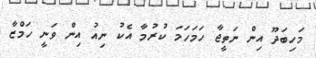
މަހިބަދޫ އިން ނަތީޖާ ހަމަހަމަ ކުރުމާ އެކު ނިއު އިން ވަނީ ހަމްޒާ